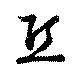
丘